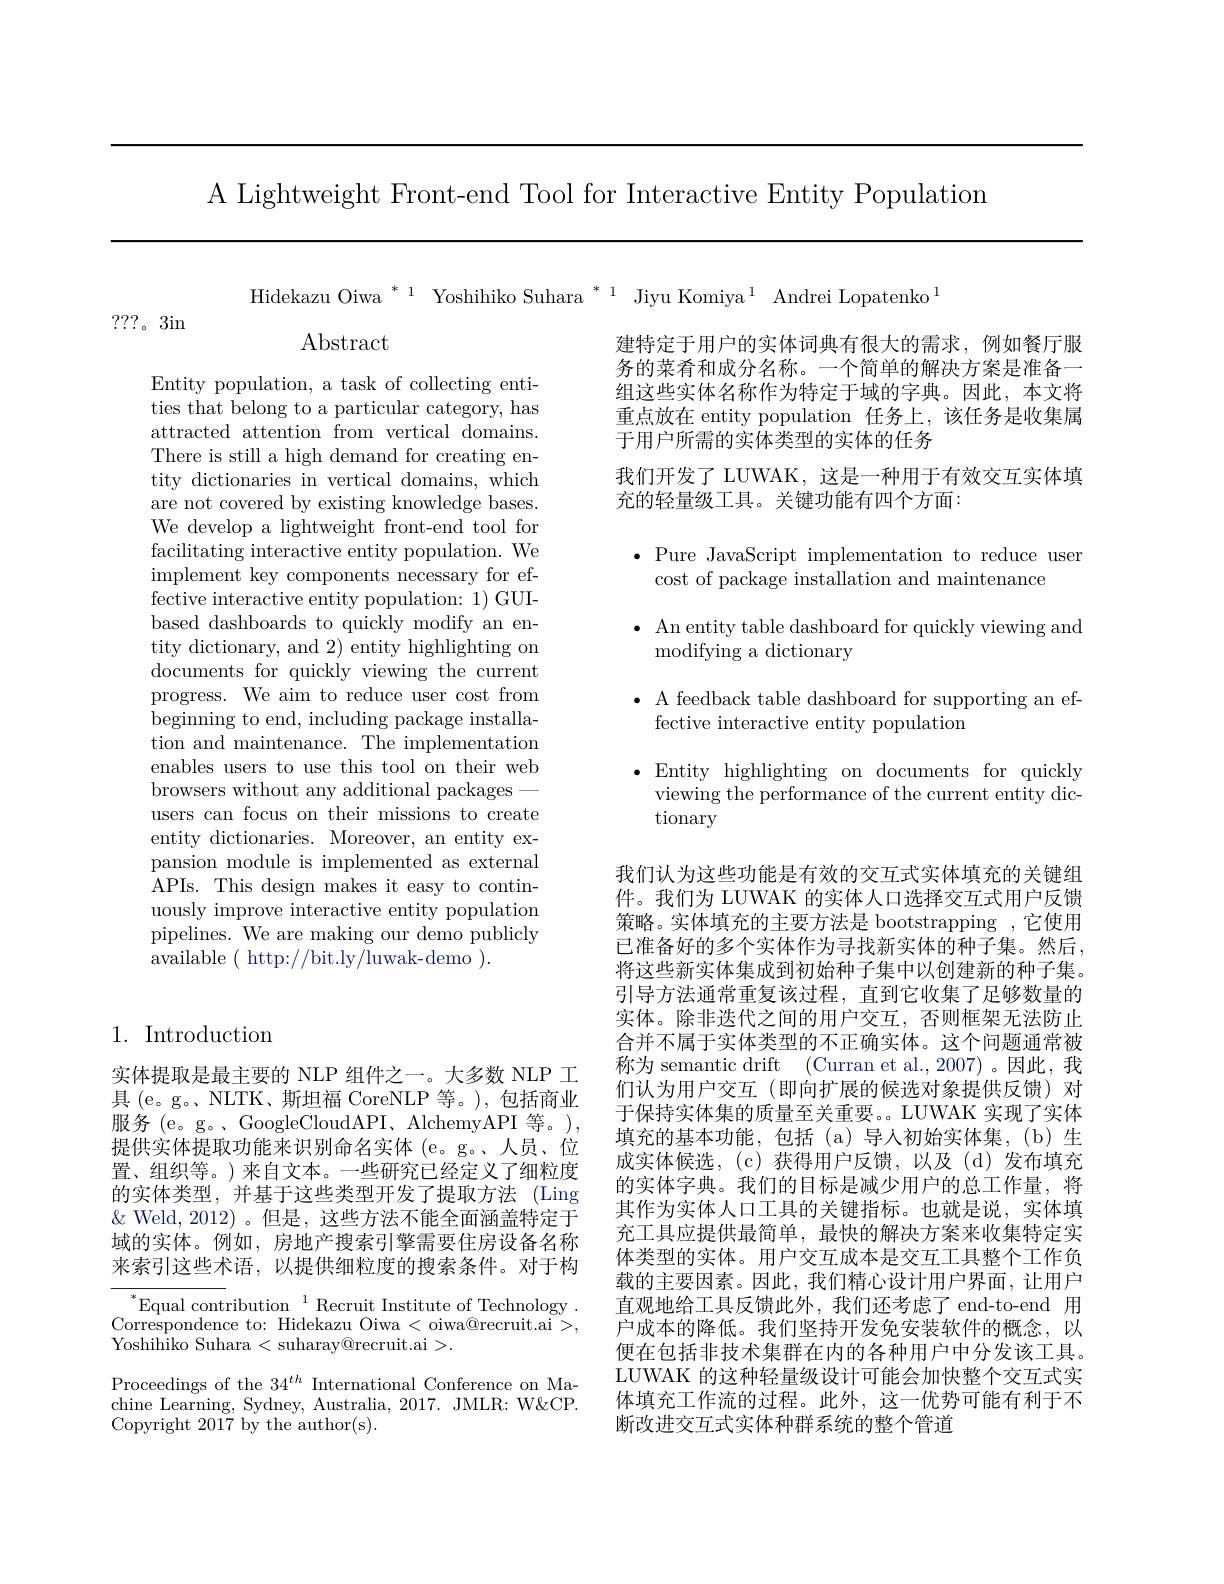
A Lightweight Front-end Tool for Interactive Entity Population

Hidekazu Oiwa $^{*\:1}$ Yoshihiko Suhara $^{*\:1}$ Jiyu Komiya$^{1}$ Andrei Lopatenko$^{1}$

???。3in

Abstract

建特定于用户的实体词典有很大的需求，例如餐厅服务的菜肴和成分名称。一个简单的解决方案是准备一组这些实体名称作为特定于域的字典。因此，本文将重点放在 entity population 任务上，该任务是收集属于用户所需的实体类型的实体的任务
我们开发了 LUWAK, 这是一种用于有效交互实体填
充的轻量级工具。关键功能有四个方面：

$\bullet$ Pure JavaScript implementation to reduce user

cost of package installation and maintenance

$\bullet$ An entity table dashboard for quickly viewing and

modifying a dictionary

Entity population, a task of collecting entities that belong to a particular category, has attracted attention from vertical domains. There is still a high demand for creating entity dictionaries in vertical domains, which are not covered by existing knowledge bases. We develop a lightweight front-end tool for facilitating interactive entity population. We implement key components necessary for effective interactive entity population: 1) GUIbased dashboards to quickly modify an entity dictionary, and 2) entity highlighting on documents for quickly viewing the current progress. We aim to reduce user cost from beginning to end, including package installation and maintenance. The implementation enables users to use this tool on their web browsers without any additional packages
users can focus on their missions to create entity dictionaries. Moreover, an entity expansion module is implemented as external APIs. This design makes it easy to continuously improve interactive entity population pipelines. We are making our demo publicly available ( http://bit.ly/luwak-demo ).

$\bullet$ A feedback table dashboard for supporting an ef-
fective interactive entity population

$\bullet$ Entity highlighting on documents for quickly
viewing the performance of the current entity dic-
tionary

## 1. Introduction

我们认为这些功能是有效的交互式实体填充的关键组件。我们为 LUWAK 的实体人口选择交互式用户反馈策略。实体填充的主要方法是 bootstrapping ,它使用已准备好的多个实体作为寻找新实体的种子集。然后， 将这些新实体集成到初始种子集中以创建新的种子集。引导方法通常重复该过程，直到它收集了足够数量的实体。除非迭代之间的用户交互，否则框架无法防止合并不属于实体类型的不正确实体。这个问题通常被称为 semantic drift (Curran et al.,2007)。因此，我们认为用户交互(即向扩展的候选对象提供反馈)对于保持实体集的质量至关重要。LUWAK 实现了实体填充的基本功能，包括(a)导人初始实体集，(b)生成实体候选，(c)获得用户反馈，以及(d)发布填充的实体字典。我们的目标是减少用户的总工作量，将其作为实体人口工具的关键指标。也就是说，实体填充工具应提供最简单，最快的解决方案来收集特定实体类型的实体。用户交互成本是交互工具整个工作负载的主要因素。因此，我们精心设计用户界面，让用户直观地给工具反馈此外，我们还考虑了 end-to-end 用户成本的降低。我们坚持开发免安装软件的概念，以便在包括非技术集群在内的各种用户中分发该工具。LUWAK 的这种轻量级设计可能会加快整个交互式实体填充工作流的过程。此外，这一优势可能有利于不断改进交互式实体种群系统的整个管道

实体提取是最主要的 NLP 组件之一。大多数 NLP 工具 (e。g。、NLTK、斯坦福 CoreNLP 等。),包括商业服务 (e。g。、GoogleCloudAPI、AlchemyAPI 等。), 提供实体提取功能来识别命名实体 (e。g。、人员、位置、组织等。)来自文本。一些研究已经定义了细粒度的实体类型，并基于这些类型开发了提取方法(Ling) $\&$ Weld,2012)。但是，这些方法不能全面涵盖特定于域的实体。例如，房地产搜索引擎需要住房设备名称来索引这些术语，以提供细粒度的搜索条件。对于构

$^*$Equal contribution$^1$Recruit Institute of Technology. Correspondence to: Hidekazu Oiwa < oiwa@recruit.ai >, $\bar{\text{Yoshihiko Suhara}}<$suharay@recruit.ai>.

Proceedings of the 34$^th$ International Conference on Machine Learning, Sydney, Australia, 2017. JMLR: W&CP. Copyright 2017 by the author(s).